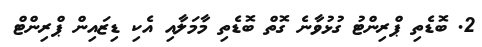
2. ބޮޑެތި ޕްރިންޓު ގުޅުވާނެ ގޮތް ބޮޑެތި މާމަލާއި އެކި ޑިޒައިން ޕްރިންޓް